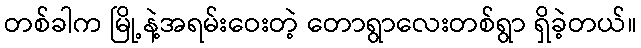
တစ်ခါက မြို့နဲ့အရမ်းဝေးတဲ့ တောရွာလေးတစ်ရွာ ရှိခဲ့တယ်။